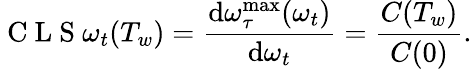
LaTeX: \mathrm{~C~L~S~}\omega_{t}(T_{w})=\frac{\textrm{d}\omega_{\tau}^{\textrm{max}}(\omega_{t})}{\textrm{d}\omega_{t}}=\frac{C(T_{w})}{C(0)}.